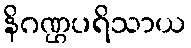
နိဂဏ္ဌပရိသာယ